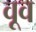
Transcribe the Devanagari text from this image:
वूव